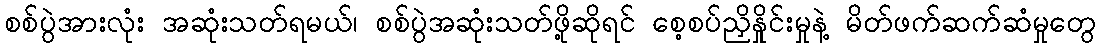
စစ်ပွဲအားလုံး အဆုံးသတ်ရမယ်၊ စစ်ပွဲအဆုံးသတ်ဖို့ဆိုရင် စေ့စပ်ညှိနှိုင်းမှုနဲ့ မိတ်ဖက်ဆက်ဆံမှုတွေ